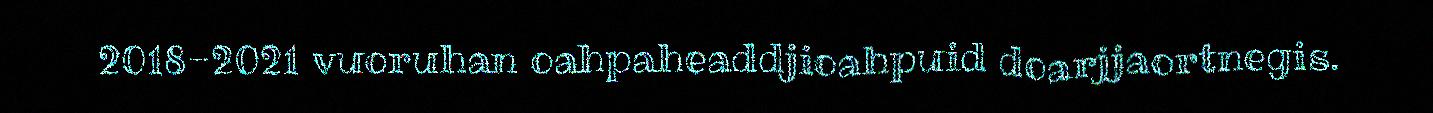
2018-2021 vuoruhan oahpaheaddjioahpuid doarjjaortnegis.